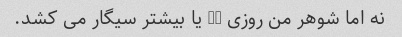
نه اما شوهر من روزی 20 یا بیشتر سیگار می کشد.